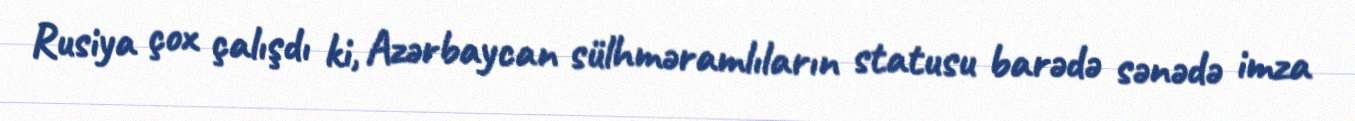
Rusiya çox çalışdı ki, Azərbaycan sülhməramlıların statusu barədə sənədə imza